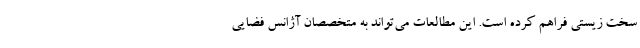
سخت زیستی فراهم کرده است. این مطالعات می‌تواند به متخصصان آژانس فضایی